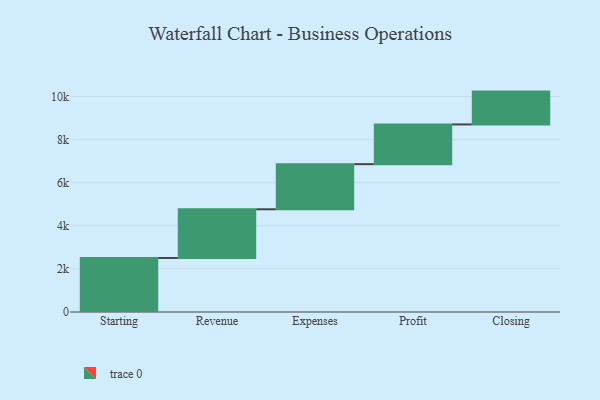
{"axis": {"x": "Step", "y": "Value"}, "legend": [""], "data": [{"x": "Starting", "y": 2507.0, "type": ""}, {"x": "Revenue", "y": 2259.0, "type": ""}, {"x": "Expenses", "y": 2094.0, "type": ""}, {"x": "Profit", "y": 1844.0, "type": ""}, {"x": "Closing", "y": 1523.0, "type": ""}]}